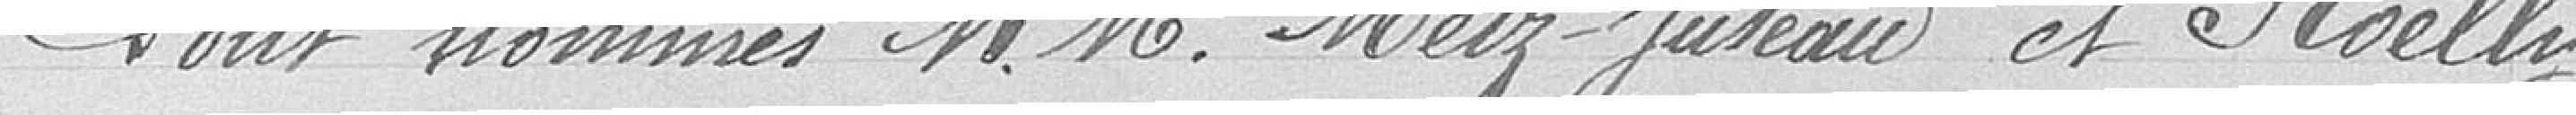
Sont nommés M.M. Metz-Juteau et Roelly